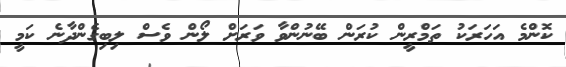
ކޮންމެ އަހަރަކު ތަމްރީން ކުރަން ބޭނުންވާ ވަަރަށް ލޯން ވެސް ލިބިގެންދާނެ ކަމީ